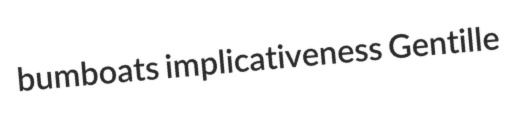
bumboats implicativeness Gentille